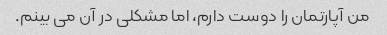
من آپارتمان را دوست دارم، اما مشکلی در آن می بینم.